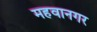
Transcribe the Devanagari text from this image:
महवानगर